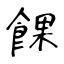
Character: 餜